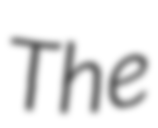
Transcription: The